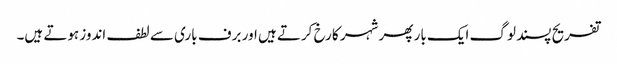
تفریح پسند لوگ ایک بار پھر شہر کا رخ کرتے ہیں اور برف باری سے لطف اندوز ہوتے ہیں۔